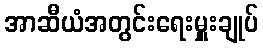
အာဆီယံအတွင်းရေးမှူးချုပ်